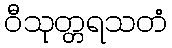
ဝီသုတ္တရသတံ